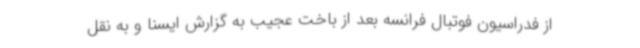
از فدراسیون فوتبال فرانسه بعد از باخت عجیب به گزارش ایسنا و به نقل